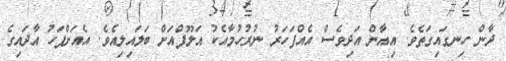
ދާން ހިނގައިގަތެވެ. އިއާން އަދިވެސް އެއްފަހަރު ނުރުހުމާއެކު އަލޫފްއަށް ބަލައިލިއެވެ. އެއަށްފަހު އާދައިގެ